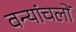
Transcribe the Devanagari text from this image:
वन्यांचलों